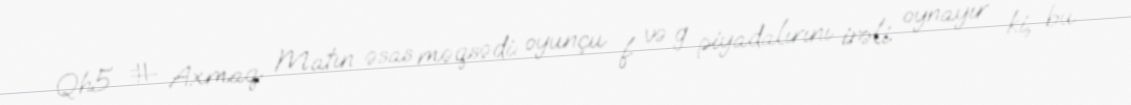
Qh5 # Axmaq Matın əsas məqsədi: oyunçu f və g piyadalırını irəli oynayır ki, bu